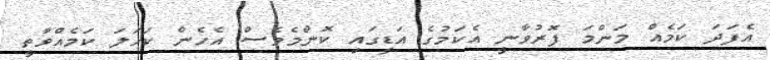
އެފަދަ ކަމެއް މަންމަ ފޮރުވާނީ އެކަމުގެ އަޑީގައި ކޮންމެވެސް އެހެން ކަހަލަ ކަމެއްވާތީ